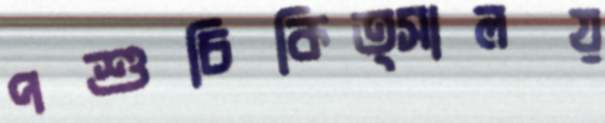
পশুচিকিত্সালয়